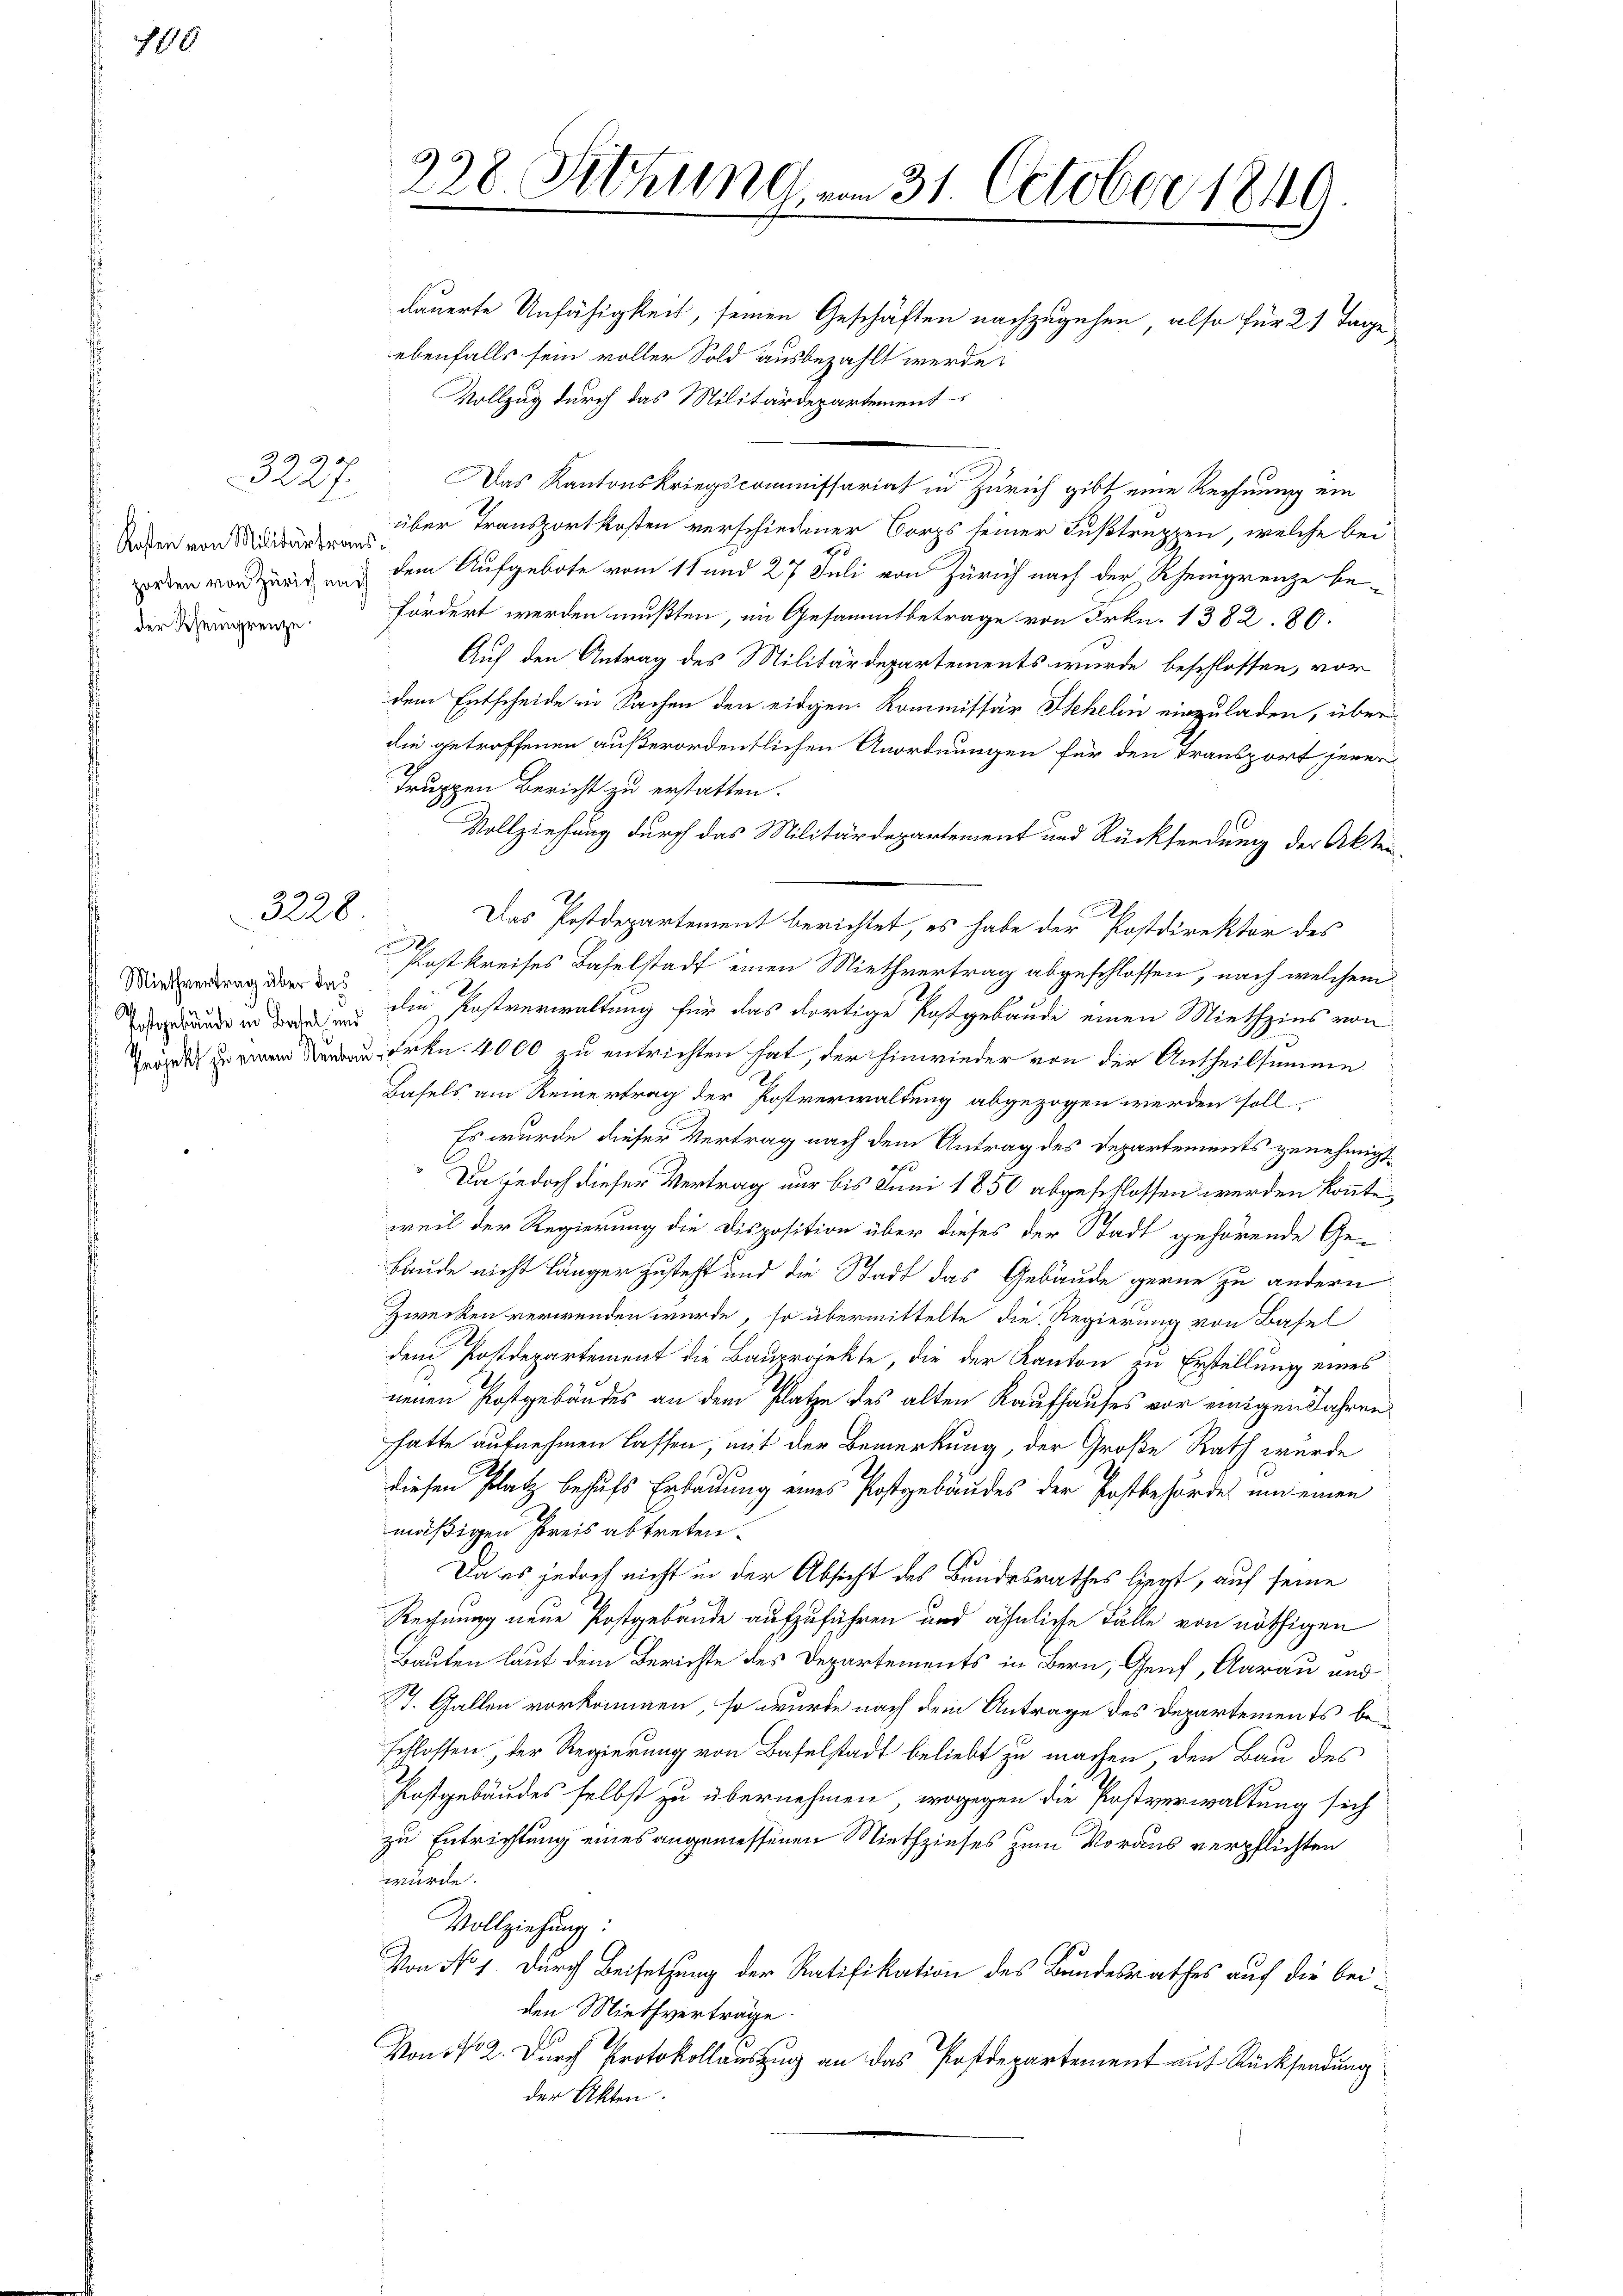
110

Kosten von Militärtraus
zorten von Zürich nach
der Rheingrenze

d
3227.

c
3228.

Miethvertrag über das
Postgebäude in Basel und
Projekt zu einem Neukon

228 Sitzung, vom 31. October 1840
dauerte Unfähigkeit, seinen Geschäften nachzugehen, also für 21 Tage

ebenfalls sein voller Sold ausbezahlt werde.
Vollzug durch das Militärdepartement
Das Kantonskriegscommissariat in Zürich gibt eine Rechnung ein
über Transportkosten verschiedener Corps seiner Fußtruppen, welche bei
d
dem Aufgebote vom 11 und 27 Juli von Zürich nach der Rheingrenze be-
fördert werden mußten, im Gesammtbetrage von Frkn. 1382. 80.
Auf den Antrag des Militärdepartements wurde beschlossen, vor
dem Entscheide in Sachen den eidgen. Kommissär Sehelin einzuladen, überdie getroffenen außerordentlichen Anordnungen für den Transport jener
Truppen Bericht zu erstatten.
Vollziehung durch das Militärdepartement und Rücksendung der Akten¬
Das Postdepartement berichtet, es habe der Postdirektor des
Postkreises Baselstadt einen Miethvertrag abgeschlossen, nach welchem
die Postverwaltung für das dortige Postgebäude einen Miethzins von
Frkn. 4000 zu entrichten hat, der hinwieder von der Antheilsamme
Basels am Reinertrag der Postverwaltung abgezogen werden soll,
Es wurde dieser Vertrag nach dem Antrag des Departements genehmigt
Da jedoch dieser Vertrag nur bis Juni 1850 abgeschlossen werden könnte,
weil der Regierung die Disposition über dieses der Stadt gehörende Ge-
Bäude nicht länger zusteht und die Stadt das Gebäude gerne zu andern
Zwecken verwenden würde, so übermittelte die Regierung von Basel
dem Postdepartement die Bauprojekte, die der Kanton in Erstellung eines
neuen Kostgebäudes an dem Platze des alten Raufhauses vor einigen Jahren
hatte aufnehmen lassen, mit der Bemerkung, der Große Rath würde
diesen Platz behufs Erbauung eines Postgebäudes der Postbehörde um einen
mäßigen Preis abtreten.
Da es jedoch nicht in der Absicht des Bundesrathes liegt, auf seine
Rechnung neue Postgebäude aufzuführen und ähnliche Fälle von nöthigen
Bauten laut dem Berichte des Departements in Bern, Genf, Aarau und
St. Gallen vorkommen, so wurde nach dem Antrage des Departements beschlossen, der Regierung von Baselstadt beliebt zu machen, den Bau des
Postgebäudes selbst zu übernehmen, wogegen die Postverwaltung sich
zu Entrichtung eines angemessenen Niethzinses zum Voraus verpflichten
würde.
Vollziehung
Von No 1. durch Beisetzung der Ratifikation des Bundesrathes auf die beiden Miethverträge
Von fr. 2. Durch Protokollauszug an das Postdepartement auf Rücksendung
der Akten.